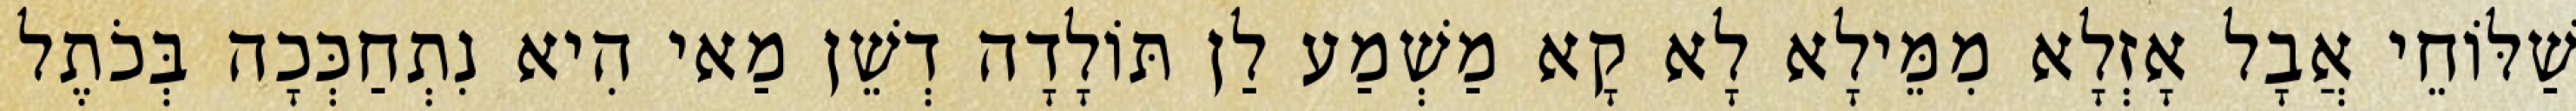
שַׁלּוֹחֵי אֲבָל אָזְלָא מִמֵּילָא לָא קָא מַשְׁמַע לַן תּוֹלָדָה דְשֵׁן מַאי הִיא נִתְחַכְּכָה בְּכֹתֶל